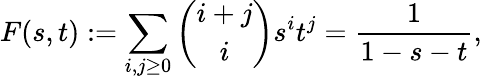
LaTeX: F(s,t):=\sum_{i,j\geq 0}{\binom{i+j}{i}}s^{i}t^{j}={\frac{1}{1-s-t}},